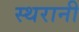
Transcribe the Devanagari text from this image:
स्थरानी